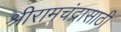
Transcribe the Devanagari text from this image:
श्रीरामचंद्रासाठी